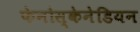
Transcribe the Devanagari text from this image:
फेनोस्केनेडियन